Annual report of the Imperial Bacteriologist
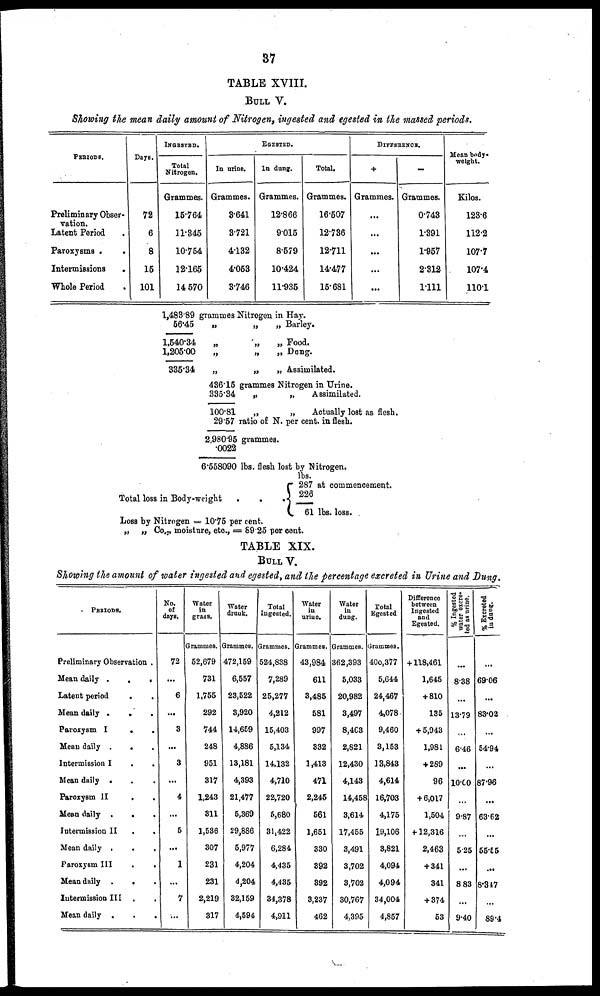
37
TABLE XVIII.
BULL V.
Showing the mean daily amount of Nitrogen, ingested and egested in the massed periods.
PERIODS.
Preliminary Obser-
vation.
Latent Period
Paroxysms .
.
Intermissions
.
Whole Period
Days.
72
6
8
15
101
INGESTED.
Total
Nitrogen.
Grammes.
15.764
11.345
10.754
12.165
14.570
EGESTED.
In urine.
Grammes.
3.641
3.721
4.132
4.053
3.746
In dung.
Grammes.
12.866
9.015
8.579
10.424
11.935
Total.
Grammes.
16.507
12.736
12.711
14.477
15.681
DIFFERENCE.
+
Grammes.
...
...
...
...
—
Grammes.
0.743
1.391
1.957
2.312
1.111
Mean body.
weight.
Kilos.
123.6
112.2
107.7
107.4
110.1
1,483.89
56.45
1,540.34
1,205.00
335.34
grammes Nitrogen in Hay.
„
„
„ Barley.
„
„
„ Food.
„
„
„
Dung.
„
„
„ Assimilated.
436.15 grammes Nitrogen in Urine.
335.34
„
„
Assimilated.
100.81
„
„
Actually lost as flesh.
29.57 ratio of N. per cent. in flesh.
2,980.95 grammes.
.0022
6.558090 lbs. flesh lost by Nitrogen.
lbs.
287 at commencement.
Total loss in Body-weight
.
. . { 226
Loss by Nitrogen =
61 lbs. loss.
10.75 per cent.
„ „ Co 2 , moisture, etc., = 89.25 per cent.
TABLE XIX.
BULL V.
Showing the amount of water ingested and egested, and the percentage excreted in Urine and Dung.
PERIODS.
Preliminary Observation .
Mean daily .
.
.
Latent period
. .
Mean daily . . .
Paroxysm I . .
Mean daily .
. .
Intermission I.
Mean daily . . .
Paroxysm II
. .
Mean daily .
. .
Intermission II
. .
Mean daily
.
. .
Paroxysm III . .
Mean daily . . .
Intermission III . .
Mean daily . .
No.
of
days.
72
...
6
...
3
...
3
...
4
...
5
...
1
...
7
...
Water
in
grass.
Grammes.
52,679
731
1,755
292
744
248
951
317
1,243
311
1,536
307
231
231
2,219
317
Water
drunk.
Grammes.
472,159
6,557
23,522
3,920
14,659
4,886
13,181
4,393
21,477
5,369
29,886
5,977
4,204
4,204
32,159
4,594
Total
Ingested.
Grammes.
524,838
7,289
25,277
4,212
15,403
5,134
14,132
4,710
22,720
5,680
31,422
6,284
4,435
4,435
34,378
4,911
Water
in
urine.
Grammes.
43,984
611
3,485
581
997
332
1,413
471
2,245
561
1,651
330
392
392
3,237
462
Water
in
dung.
Grammes.
362,393
5,033
20,982
3,497
8,463
2,821
12,430
4,143
14,458
3,614
17,455
3,491
3,702
3,702
30,767
4,395
Total
Egested
Grammes.
400,377
5,644
24,467
4,078
9,460
3,153
13,843
4,614
16,703
4,175
19,106
3,821
4,094
4,094
34,004
4,857
Difference
between
Ingested
and
Egested.
+ 118,461
1,645
+810
135
+ 5,943
1,981
+ 289
96
+ 6,017
1,504
+ 12,316
2,463
+ 341
341
+ 374
53
% Ingested
water excre-
ted as urine.
...
8.38
...
13.79
...
6.46
...
10.00
...
9.87
...
5.25
...
8.83
...
9.40
% Excreted
in dung.
...
69.06
...
83.02
...
54.94
...
87.96
...
63.62
...
55.55
...
8.347
...
89.4